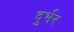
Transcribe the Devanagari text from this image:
दुर्भर